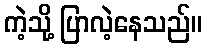
ကဲ့သို့ ပြာလဲ့နေသည်။